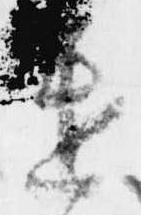
遣